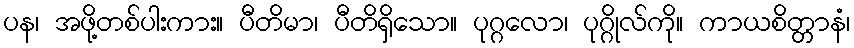
ပန၊ အဖို့တစ်ပါးကား။ ပီတိမာ၊ ပီတိရှိသော။ ပုဂ္ဂလော၊ ပုဂ္ဂိုလ်ကို။ ကာယစိတ္တာနံ၊